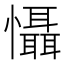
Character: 懾